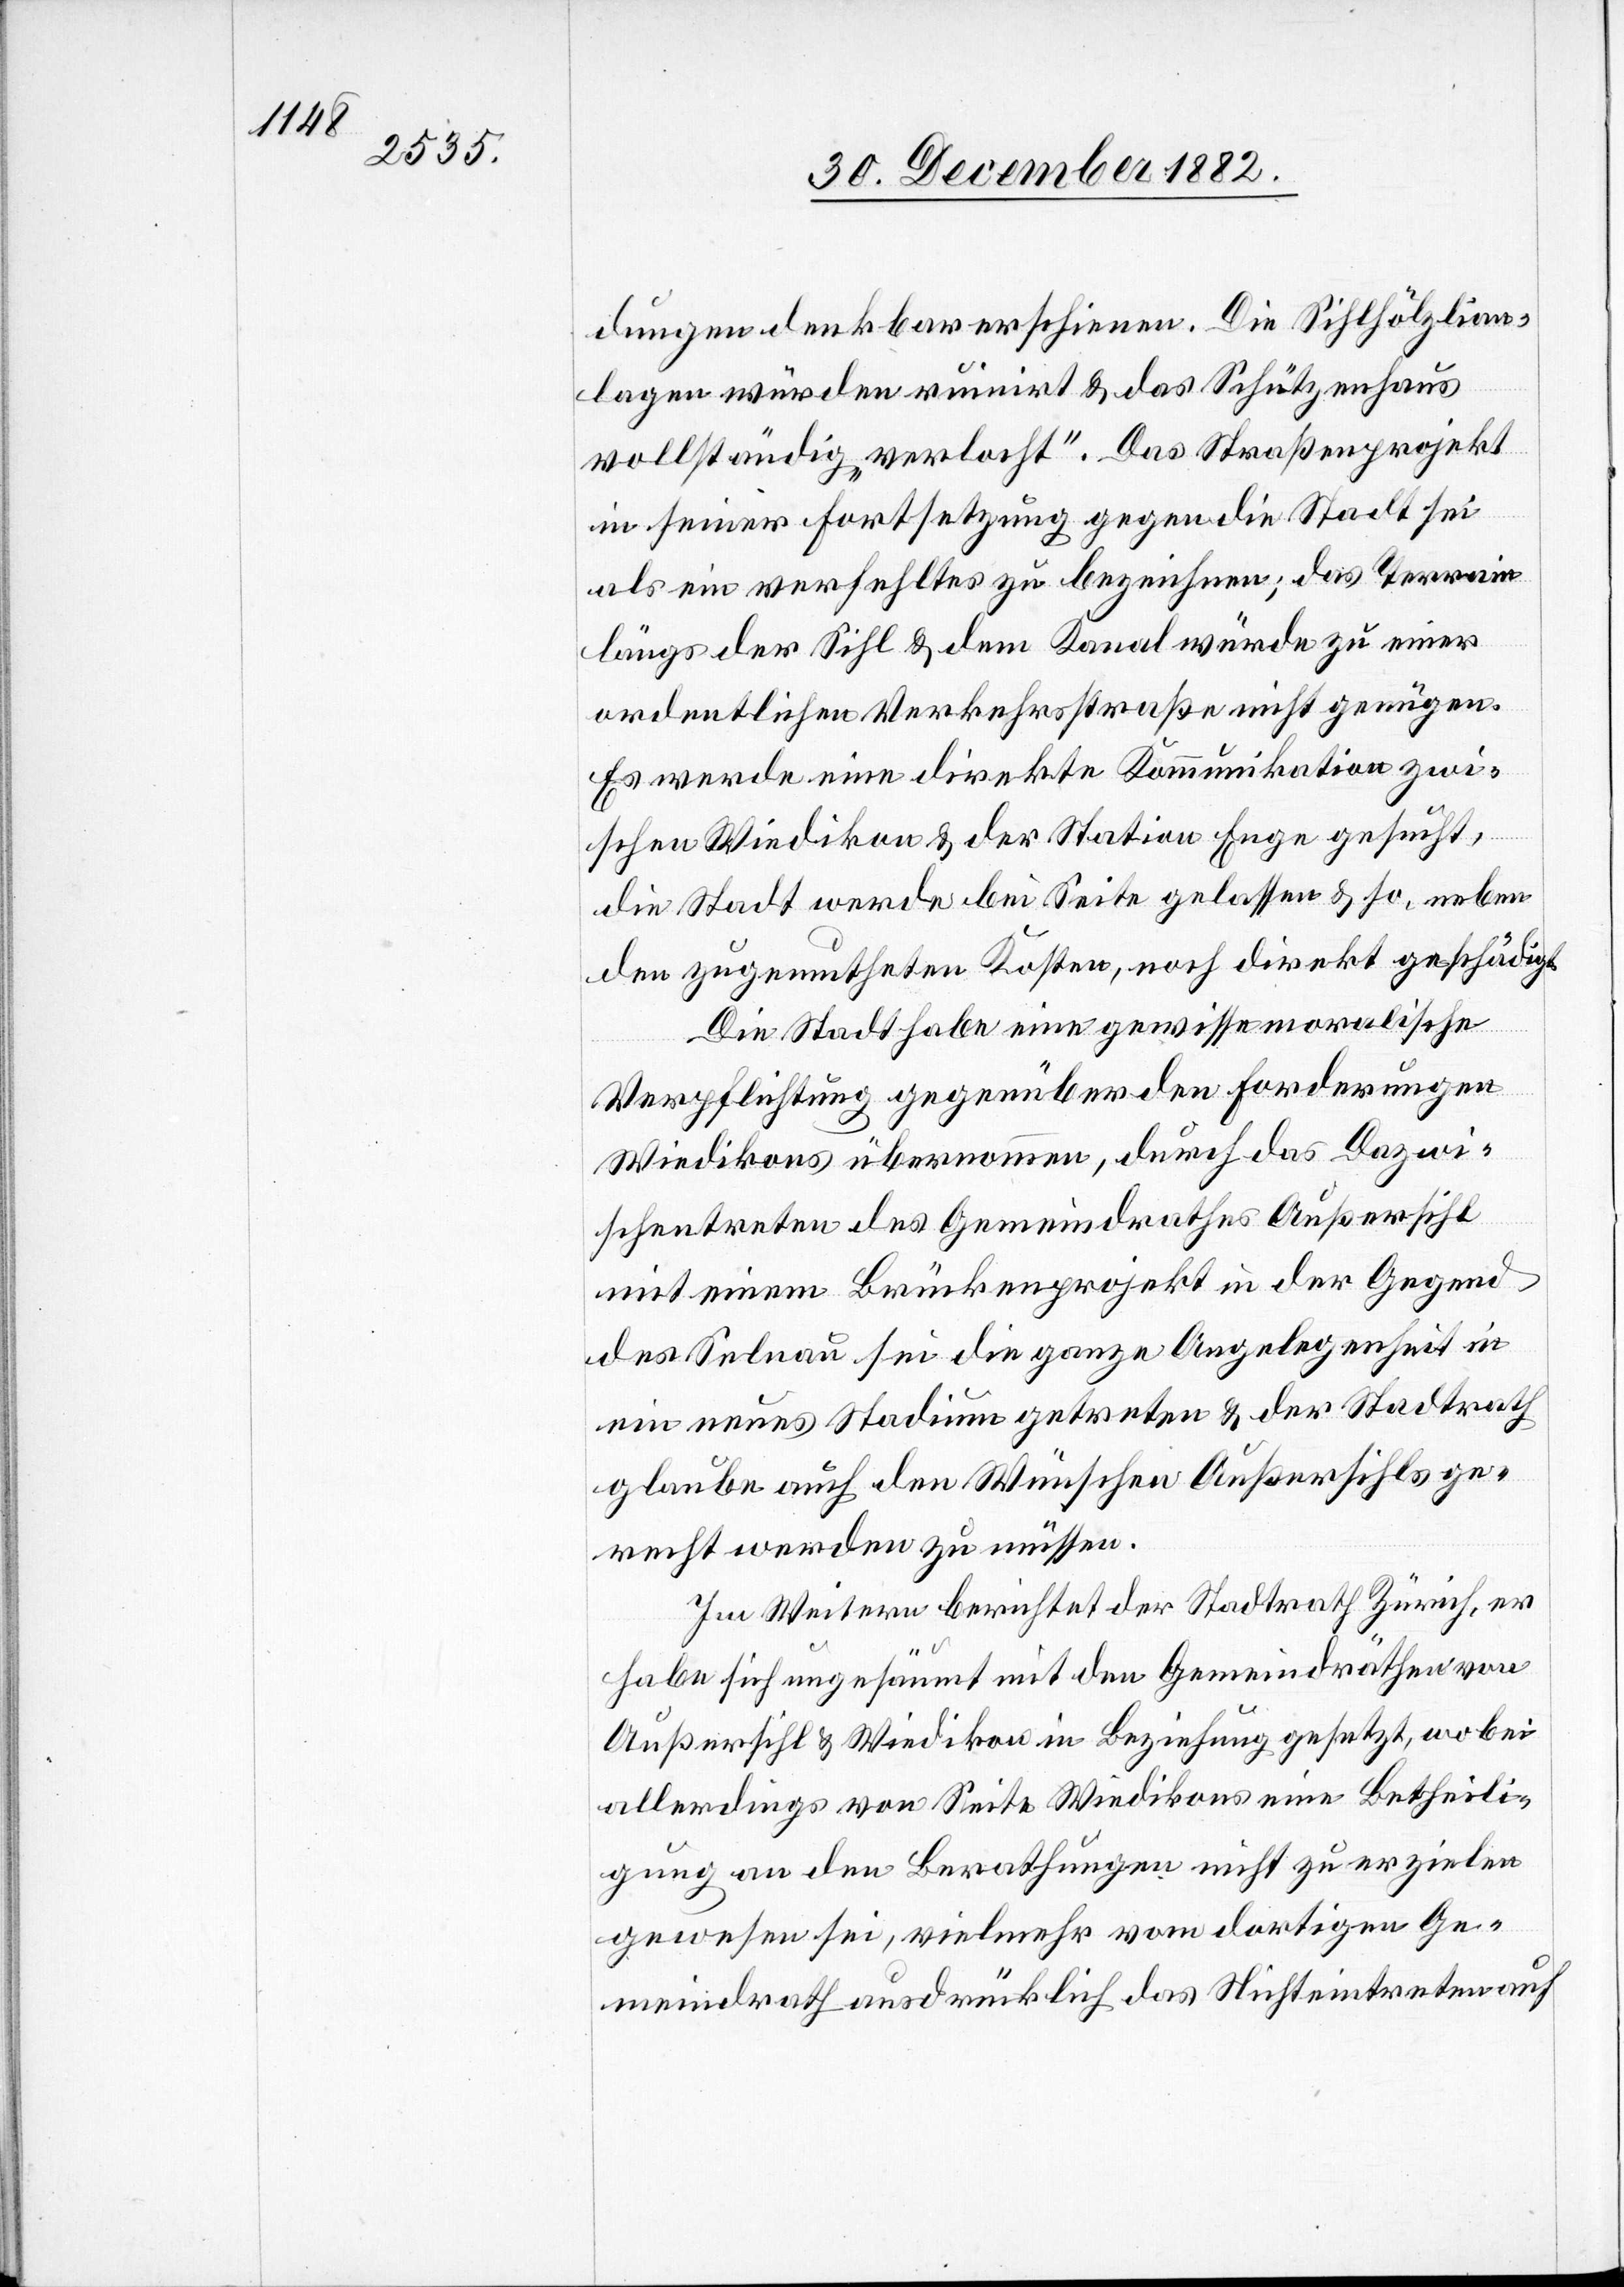
dungen denkbar erschienen. Die Sihlhölzlian¬
lagen würden ruinirt & das Schützenhaus
vollständig „verlocht“. Das Straßenprojekt
in seiner Fortsetzung gegen die Stadt sei
als ein verfehltes zu bezeichnen; das Terrain
längs der Sihl & dem Kanal würde zu einer
ordentlichen Verkehrsstraße nicht genügen.
Es werde eine direkte Kommunikation zwi¬
schen Wiedikon & der Station Enge gesucht,
die Stadt werde bei Seite gelassen & so, neben
den zugemutheten Kosten, noch direkt geschädigt.
Die Stadt habe eine gewisse moralische
Verpflichtung gegenüber den Forderungen
Wiedikons übernommen, durch das Dazwi¬
schentreten des Gemeindrathes Außersihl
mit einem Brückenprojekt in der Gegend
des Selnau sei die ganze Angelegenheit in
ein neues Stadium getreten & der Stadtrath
glaube auch den Wünschen Außersihls ge¬
recht werden zu müssen.
Im Weitern berichtet der Stadtrath Zürich, er
habe sich ungesäumt mit den Gemeindräthen von
Außersihl & Wiedikon in Beziehung gesetzt, wobei
allerdings von Seite Wiedikons eine Betheili¬
gung an den Berathungen nicht zu erzielen
gewesen sei, vielmehr vom dortigen Ge¬
meindrath ausdrücklich das Nichteintreten auf